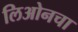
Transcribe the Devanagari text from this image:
लिओनचा